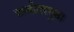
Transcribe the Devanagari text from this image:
दामोदरगुप्त।